Civil Veterinary Department Bihar reports 1940-50 - 1940-1950
Year: 1940
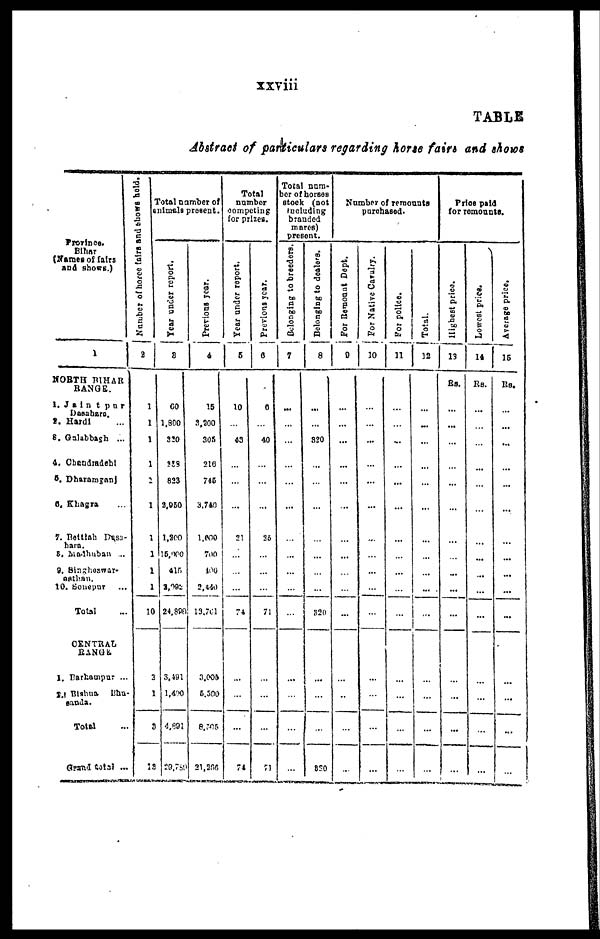
xxviii
TABLE
Abstract of particulars regarding horse fairs and shows
Province-
Bihar
(Names of fairs
and shows.)
1
NORTH BIHAR
BANGE.
1. Jaintpur
Dasahara.
2. Hardi ...
3. Galabbagh ...
4. Chandradehl
5. Dharamganj
6. Khagra ...
7. Bettiah Dnsa-
hara.
8. Madhuban ...
9. Singhoswar-
asthan.
10. Sonepur ...
Total ...
CENTRAL
RANGE
1. Burhampur ...
2. Blshua
Bhn-
sanda.
Total ...
Grand total ...
Number
of horce
fairs and shows hold.
2
1
1
1
1
2
1
1
1
1
1
10
2
1
3
13
Total number of
animals present.
Year under report.
3
60
1.800
320
238
823
2,050
1,200
15,000
415
2,092
24,898
3,491
1,400
4,891
29,789
Previous year.
4
15
3,200
305
210
745
3,740
1,000
700
100
2,440
13,761
3,005
5,300
8,505
21,266
Total
number
competing
for prizes.
Year under report.
5
10
...
43
...
...
...
21
...
...
...
74
...
...
...
74
Previous year.
6
6
...
40
...
...
...
26
...
...
...
71
...
...
...
71
Total num-
ber of horses
stock (not
including
branded
mares)
present.
Belonging to breeders.
7
...
...
...
...
...
...
...
...
...
...
...
...
...
...
...
Belonging to dealers.
8
...
...
320
...
...
...
...
...
...
...
320
...
...
...
820
Number of remounts
purchased.
For Remount Dept.
9
...
...
...
...
...
...
...
...
...
...
...
...
...
...
...
For Native Cavalry.
10
...
...
...
...
...
...
...
...
...
...
...
...
...
...
...
For police.
11
...
...
...
...
...
...
...
...
...
...
...
...
...
...
...
Total.
12
...
...
...
...
...
...
...
...
...
...
...
...
...
...
...
Price paid
for remounts.
Highest price.
13
Rs.
...
...
...
...
...
...
...
...
...
...
...
...
...
...
...
Lowest price.
14
Rs.
...
...
...
...
...
...
...
...
...
...
...
...
...
...
...
Average price.
15
Rs.
...
...
...
...
...
...
...
...
...
...
...
...
...
...
...